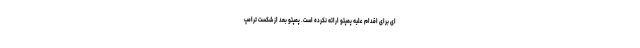
ای برای اقدام علیه پمپئو ارائه نکرده است. پمپئو بعد از شکست ترامپ